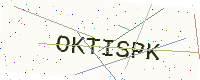
Text: OKTISPK